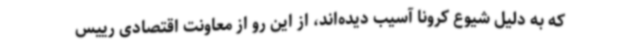
که به دلیل شیوع کرونا آسیب دیده‌اند، از این رو از معاونت اقتصادی رییس